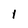
Character: 1